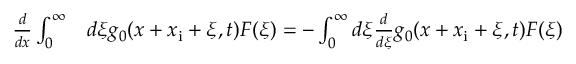
\begin{array} { r l } { \frac { d } { d x } \int _ { 0 } ^ { \infty } } & { { } d \xi g _ { 0 } ( x + x _ { \mathrm { i } } + \xi , t ) F ( \xi ) = - \int _ { 0 } ^ { \infty } d \xi \frac { d } { d \xi } g _ { 0 } ( x + x _ { \mathrm { i } } + \xi , t ) F ( \xi ) } \end{array}